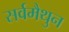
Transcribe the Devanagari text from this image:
सर्वमैथुन